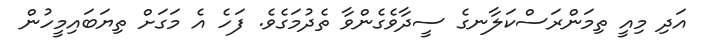
އަދި މިއީ ތިމަންރަސްކަލާނގެ ސީދާވެގެންވާ ތެދުމަގެވެ. ފަހެ އެ މަގަށް ތިޔަބައިމީހުން